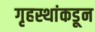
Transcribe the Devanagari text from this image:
गृहस्थांकडून